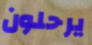
يرحلون